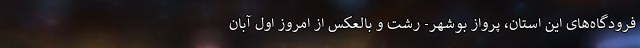
فرودگاه‌های این استان، پرواز بوشهر- رشت و بالعکس از امروز اول آبان